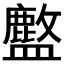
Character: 𬐽